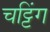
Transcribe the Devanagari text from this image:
चट्टिंग